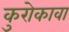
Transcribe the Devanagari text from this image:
कुरोकावा